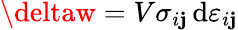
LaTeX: \deltaw=V\sigma_{i\mathbf{j}}\, \mathrm{{d}}\varepsilon_{i\mathbf{j}}